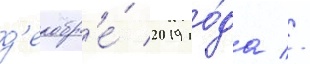
д'екабр'е́ 2019 го́да //